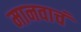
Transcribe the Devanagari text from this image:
मानवाचं